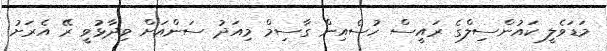
މަޑަވެލީ ކައުންސިލްގެ ރައީސް ހުސެއިން ގާސިމް މިއަދު ސަންއަށް ވިދާޅުވީ ރޭ އެރަށު